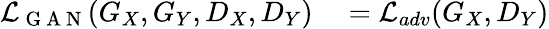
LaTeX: \begin{array}{rl}{\mathcal{L}_{\mathrm{~G~A~N~}}(G_{X},G_{Y},D_{X},D_{Y})}&{{}=\mathcal{L}_{adv}(G_{X},D_{Y})}\end{array}